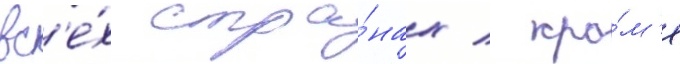
вс'е́х стра́нах / кро́м'е